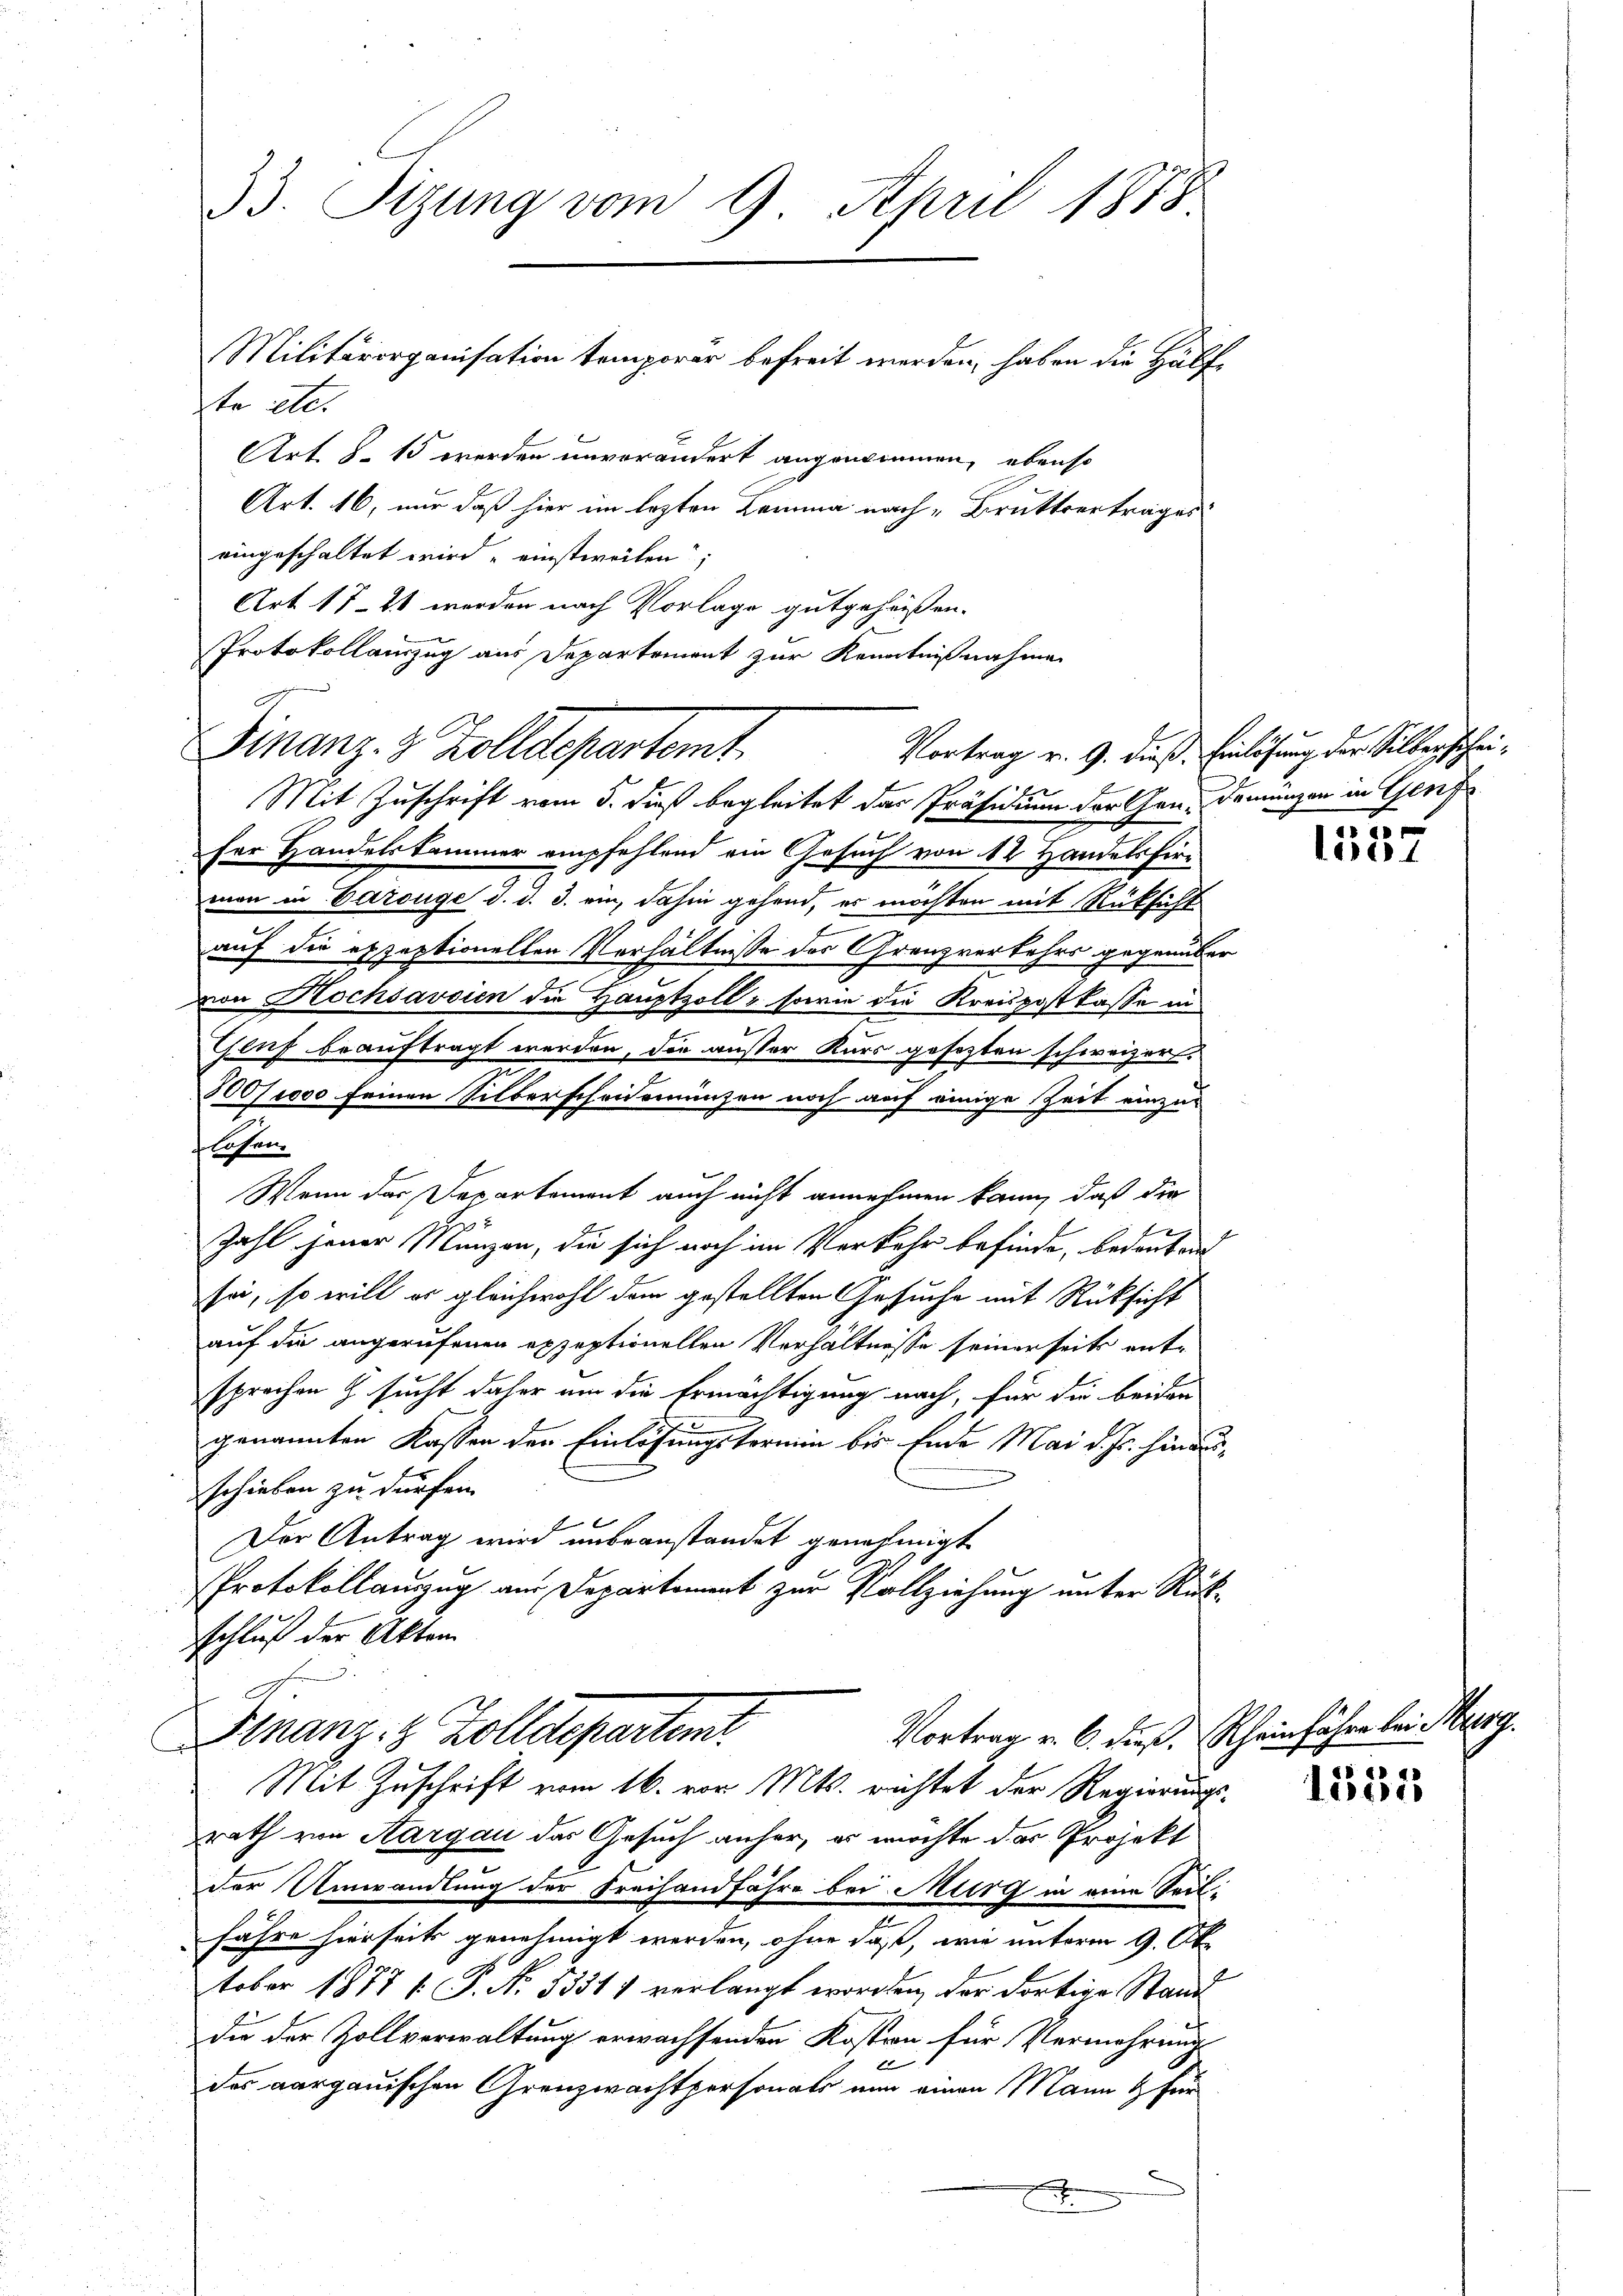
33. Sizung vom 9. April 1878
Militärorganisation temporer befreit werden, haben die Hälfte etc.

Finanz- & Zolldepartamt
Mit Zuschrift vom 5. dieß begleitet das Präsidium der Gen. Demünzen in Genf

für Handelskammer empfehlend ein Gesuch von 12 Handelsfirman in Carouge d. d. 3. ein, dahin gehend, es möchten mit Rüksicht
auf die expeptionellen Verhältnisse des Grenzverkehrs gegenüber
von Hochsavsien die Hauptzoll, sowie die Kreispostkasse in
Genf beauftragt werden, der ausser Kurs gesetzten schweizer,
300 f 1000 feinen Silberscheidemünzen noch auf einige Zeit einzus
lofen.
Wenn das Departement auch nicht annehmen kann, daß die
Zahl jener Münzen, die sich noch im Verkehr befinde, bedanken
sei, so will er gleichwohl dem gestellten Gesuche mit Rüksicht
auf die angerufenen expeptionellen Verhältnisse seinerseits entsprechen G. sucht daher um die Ermächtigung nach, für die beiden
.
genannten Kassen der Einlösungstermin bis Ende Mai d. Js. hinausschieben zu dürfen.
Der Antrag wird unbeanstandet genehmigt
Protokollauszug am Departement zur Vollziehung unter Rück-
schluß der Akten
Vortrag v. 6. dieß. Rheinfahre bei d
Finanz- & Zolldepartenir
Mit Zuschrift vom 16. vor. Mts. richtet der Regierungsrath von Aargau das Gesuch anher, es möchte das Projekt
der Umwandlung der Freihandfahre bei Miirg in eine Teil-
fahre hierseits genehmigt werden, ohne daß, wie unterm 9. Ok
tober 1877 f. P. Nr. 5351) verlangt worden, der dortige Stand
die der Zollverwaltung erwachsenden Kosten für Vermehrung
1
des aargauischen Grenzwachtpersonals nun einen Mann & für
x

Art. 8. 15 werden unverändert angenommen, ebenso
Art. 16, nur daß hier im lezten Lemma nach Brüttvertrages
eingeschaltet wird, einstweilen;
Art 1721 werden nach Vorlage gutgeheißen.
Protokollauszug aus Departement zur Kenntnißnahme

Vortrag v. 9. dieß, Einlösung der Silberschei¬
.

1057

1535

Erg